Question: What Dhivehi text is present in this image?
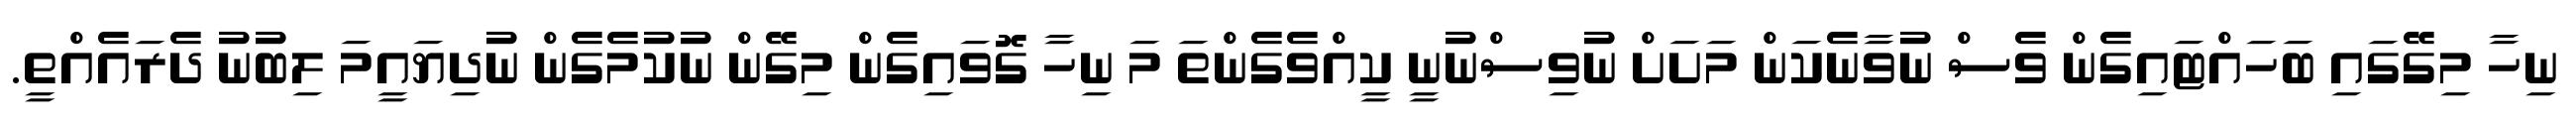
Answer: ނިހާ މިގޭގައި ބަހައްޓައިގެން ވެސް ނުވާނެކަން މަށަށް ނުވިސްނުނީ ކީއްވެގެންތަ މަ ނިހާ ގޮވައިގެން މިގޭން ނުކުމެގެން ނުދިޔައީމަ ލިބުނު ދެރައެއްތީ.